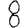
Digit: 8